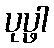
ပုပ္ဖါ